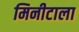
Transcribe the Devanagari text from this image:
मिनीटाला